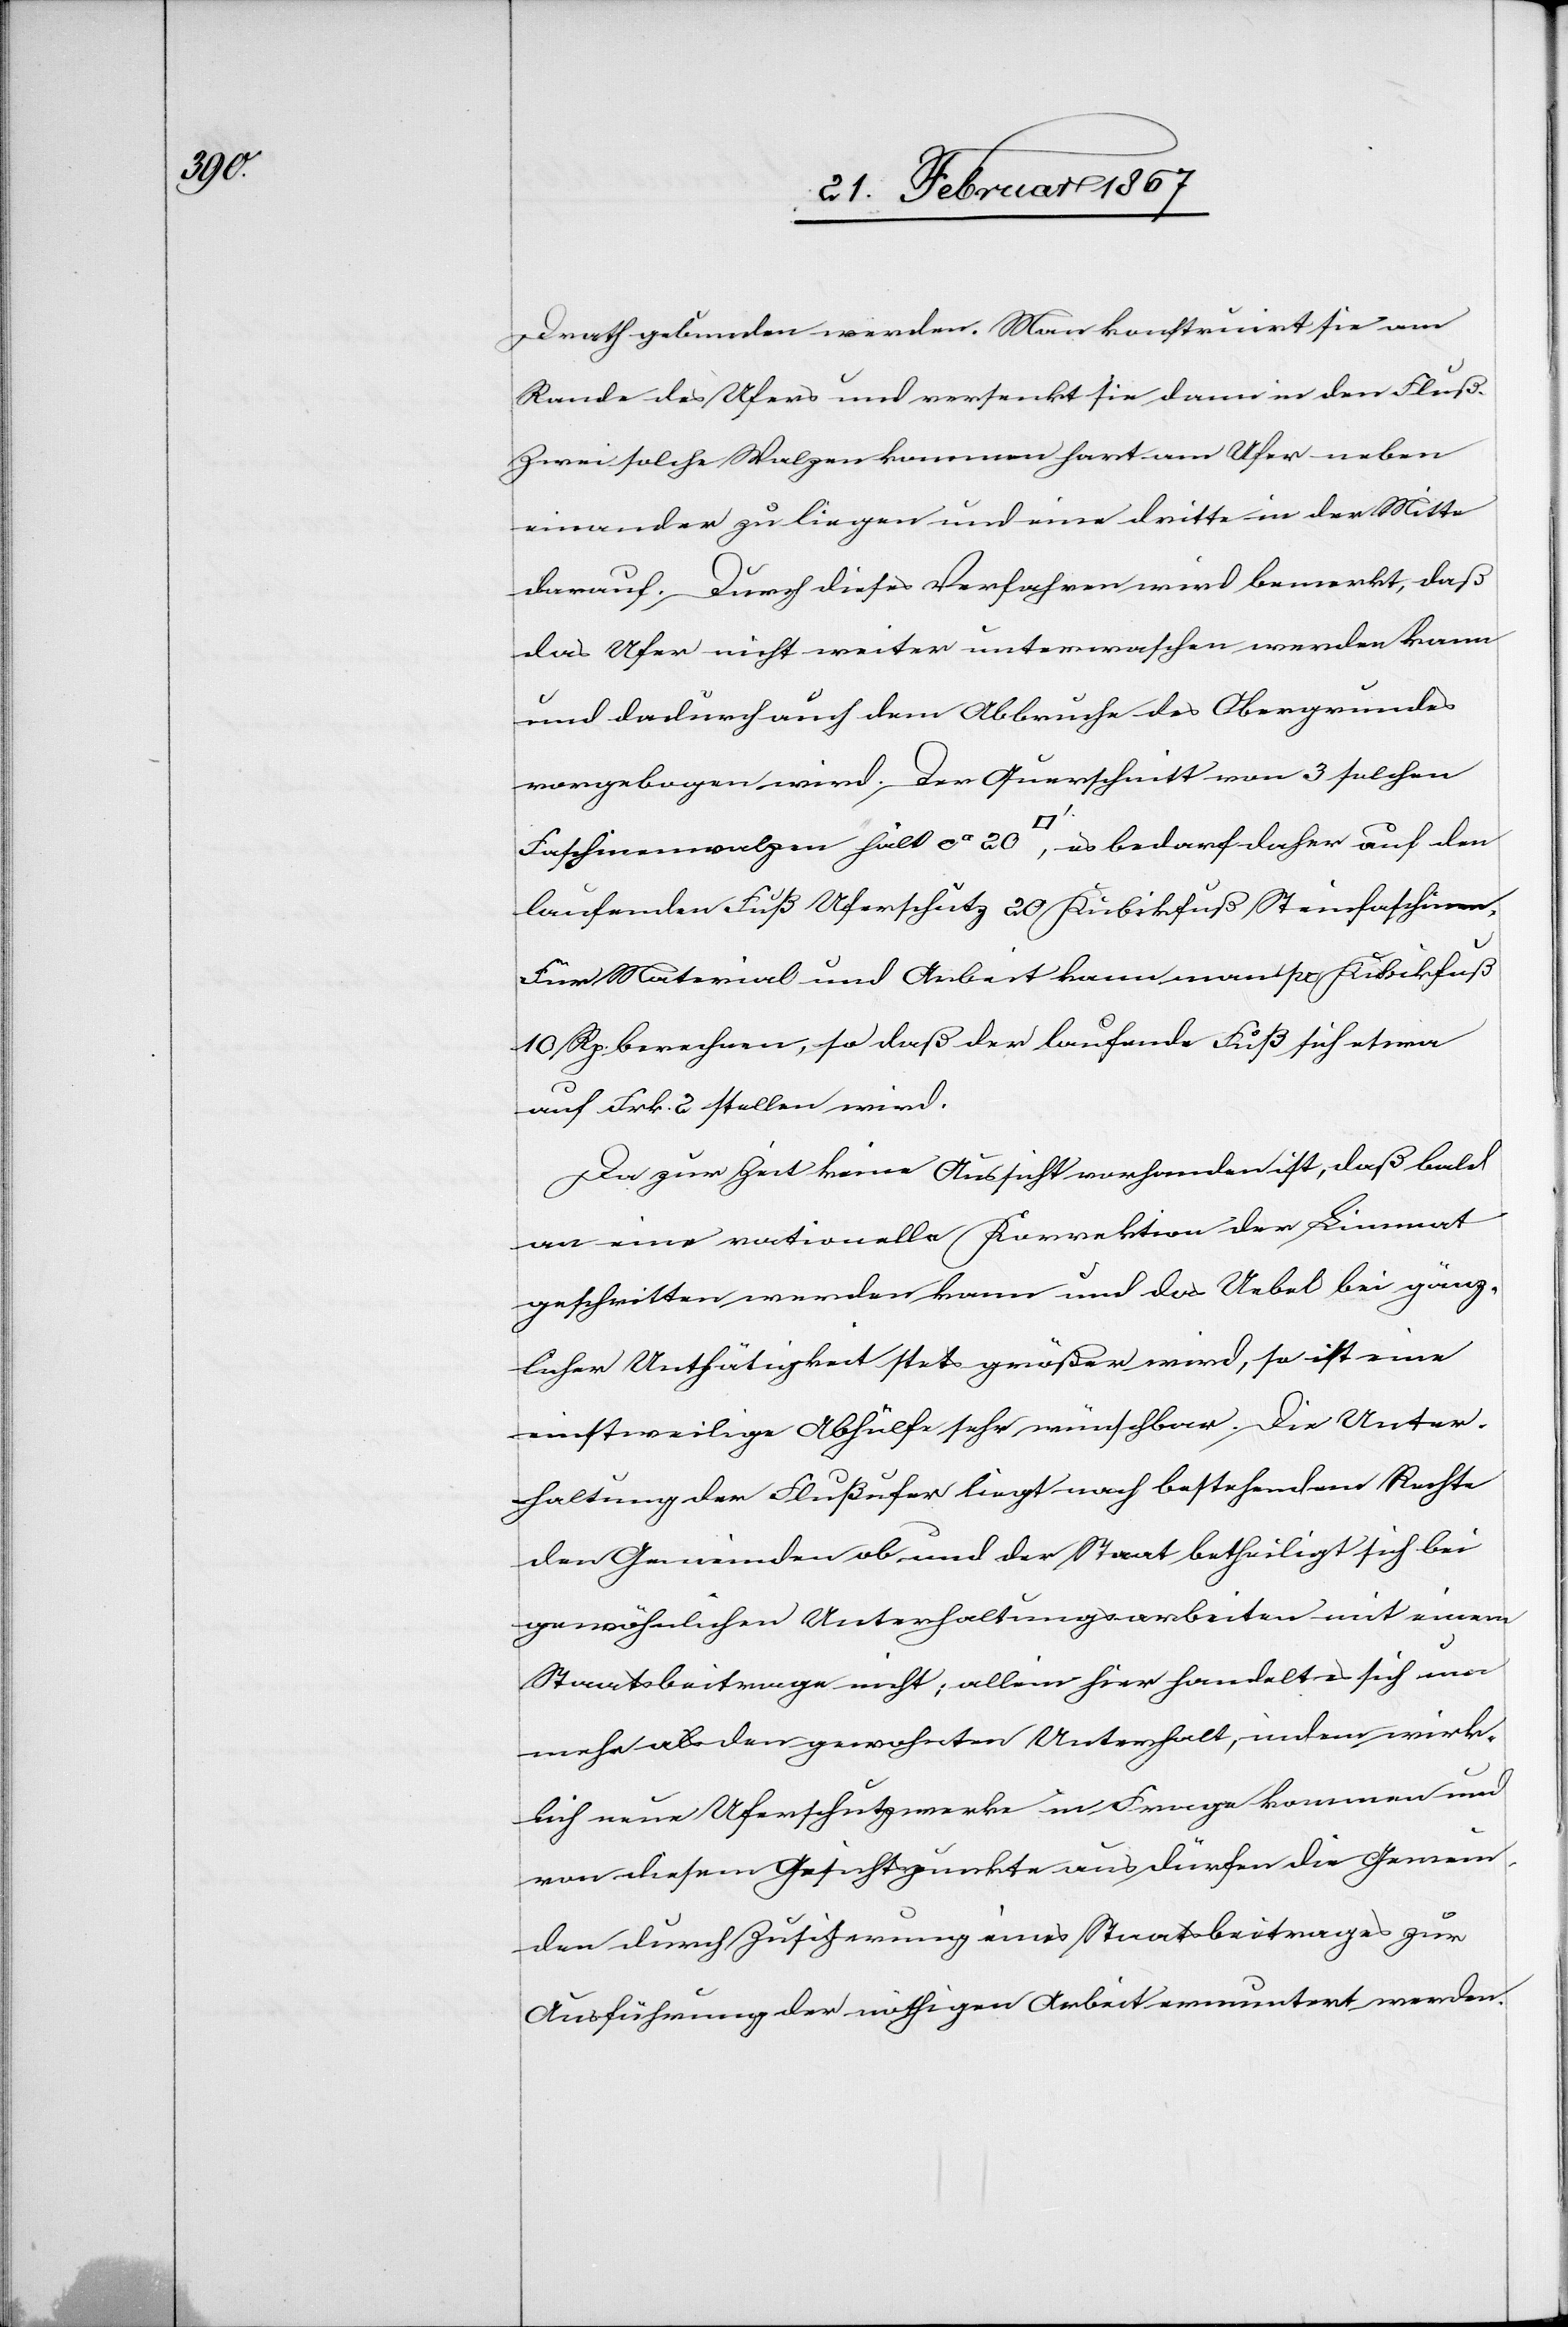
Drath gebunden werden. Man konstruirt sie am
Rande des Ufers und versenkt sie dann in den Fluß.
Zwei solche Walzen kommen hart am Ufer neben
einander zu liegen und eine dritte in der Mitte
darauf. Durch dieses Verfahren wird bemerkt, daß
das Ufer nicht weiter unterwaschen werden kann
und dadurch auch dem Abbruche des Obergrundes
vorgebogen wird. Der Querschnitt von 3 solchen
Faschinenwalzen hält ca. 20 [Quadratfuss] es bedarf daher auf den
laufenden Fuß Uferschutz 20 Kubikfuß Steinfaschinen.
Für Material und Arbeit kann man pr Kubikfuß
10 Rp. berechnen, so daß der laufende Fuß etwa
auf Frk. 2 stellen wird.
Da zur Zeit keine Aussicht vorhanden ist, daß bald
an eine nationelle Korrektion der Limmat
geschritten werden kann und das Uebel bei gänz¬
licher Unthätigkeit stets größer wird, so ist eine
einstweilige Abhülfe sehr wünschbar. Die Unter¬
haltung der Flußufer liegt nach bestehendem Rechte
den Gemeinden ob und der Staat betheiligt sich bei
gewöhnlichen Unterhaltungsarbeiten mit einem
Staatsbeitrage nicht; allein hier handelt es sich um
mehr als den gewohnten Unterhalt, indem wirk¬
lich neue Uferschutzwerke in Frage kommen und
von diesem Gesichtspunkte aus dürfen die Gemein¬
den durch Zusicherung eines Staatsbeitrages zur
Ausführung der nöthigen Arbeit ermuntert werden.